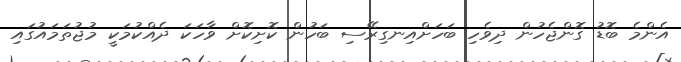
އެންމެ ބޮޑު ގޮންޖެހުން ދިވެހި ބަހަށްއިނގިރޭސި ބަހުން ކޮށިކޮށް ވާހަކަ ދެއްކުމަކީ މުޖުތަމައުގައި